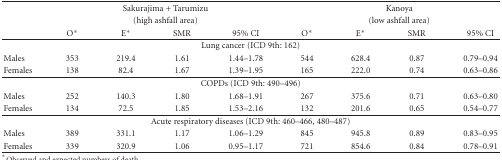
<table><thead><tr><td></td><td colspan="4"><b>Sakurajima + Tarumizu</b></td><td colspan="4"><b>Kanoya</b></td></tr><tr><td></td><td colspan="4"><b>(high ashfall area)</b></td><td colspan="4"><b>(low ashfall area)</b></td></tr><tr><td></td><td><b>O*</b></td><td><b>E*</b></td><td><b>SMR</b></td><td><b>95% CI</b></td><td><b>O*</b></td><td><b>E*</b></td><td><b>SMR</b></td><td><b>95% CI</b></td></tr></thead><tbody><tr><td colspan="9">Lung cancer (ICD 9th: 162)</td></tr><tr><td>Males</td><td>353</td><td>219.4</td><td>1.61</td><td>1.44–1.78</td><td>544</td><td>628.4</td><td>0.87</td><td>0.79–0.94</td></tr><tr><td>Females</td><td>138</td><td>82.4</td><td>1.67</td><td>1.39–1.95</td><td>165</td><td>222.0</td><td>0.74</td><td>0.63–0.86</td></tr><tr><td colspan="9">COPDs (ICD 9th: 490–496)</td></tr><tr><td>Males</td><td>252</td><td>140.3</td><td>1.80</td><td>1.68–1.91</td><td>267</td><td>375.6</td><td>0.71</td><td>0.63–0.80</td></tr><tr><td>Females</td><td>134</td><td>72.5</td><td>1.85</td><td>1.53–2.16</td><td>132</td><td>201.6</td><td>0.65</td><td>0.54–0.77</td></tr><tr><td colspan="9">Acute respiratory diseases (ICD 9th: 460–466, 480–487)</td></tr><tr><td>Males</td><td>389</td><td>331.1</td><td>1.17</td><td>1.06–1.29</td><td>845</td><td>945.8</td><td>0.89</td><td>0.83–0.95</td></tr><tr><td>Females</td><td>339</td><td>320.9</td><td>1.06</td><td>0.95–1.17</td><td>721</td><td>854.6</td><td>0.84</td><td>0.78–0.91</td></tr></tbody></table>